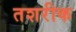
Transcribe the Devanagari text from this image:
तशरीक